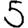
Digit: 5